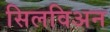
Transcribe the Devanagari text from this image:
सिलविअन